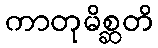
ကာတုမိစ္ဆတိ